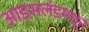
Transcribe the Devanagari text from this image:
आइसलंडमधून